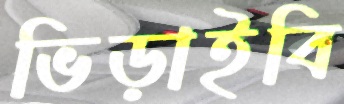
ভিড়াইবি